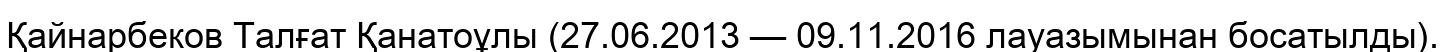
Қайнарбеков Талғат Қанатоұлы (27.06.2013 — 09.11.2016 лауазымынан босатылды).